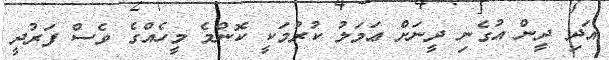
އަދި ދީން އުގެނި ދީނަށް ޢަމަލު ކުރުމަކީ ކޮންމެ މީހެއްގެ ވެސް ފަރުދީ